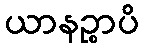
ယာနဉ္စာပိ